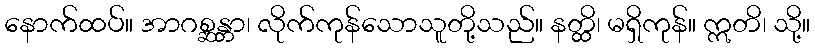
နောက်ထပ်။ အာဂစ္ဆန္တာ၊ လိုက်ကုန်သောသူတို့သည်။ နတ္ထိ၊ မရှိကုန်။ ဣတိ၊ သို့။